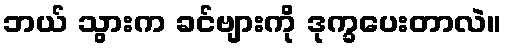
ဘယ် သွားက ခင်ဗျားကို ဒုက္ခပေးတာလဲ။